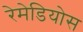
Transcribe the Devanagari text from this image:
रेमेडियोस